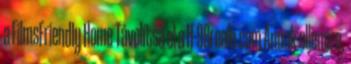
a FilmsFriendly Home Távolítsa el a H-98reale.com Annak ellenére,